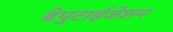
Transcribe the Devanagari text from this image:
डेपुटाईजेशन